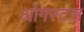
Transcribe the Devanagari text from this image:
ओगस्टस